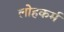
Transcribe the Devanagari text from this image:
लोहकर्म